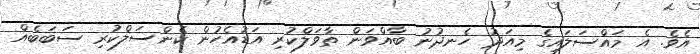
އެވެ. އެ މައްސަލައިގެ މިއަދު ހެނދުނު ބާއްވަން ތާވަލްކުރި އަޑުއެހުން ކެންސަލްކުރި ސަބަބެއް